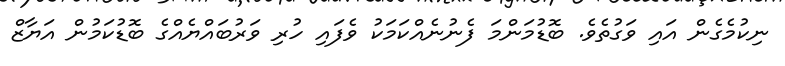
ނިކުމެގެން އައި ވަގުތެވެ. ބޮޑުމަންމަ ފެނުނެއްކަމަކު ވެފައި ހުރި ވަރުބައްޔެއްގެ ބޮޑުކަމުން އަޔާޒް